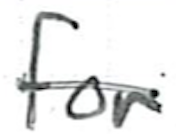
Text: for
Cross-out: single-line
Writing tool: ballpoint